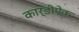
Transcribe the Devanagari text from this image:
कार्डीऐक